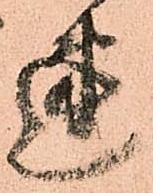
速